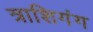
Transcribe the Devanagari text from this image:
त्राशिगंग